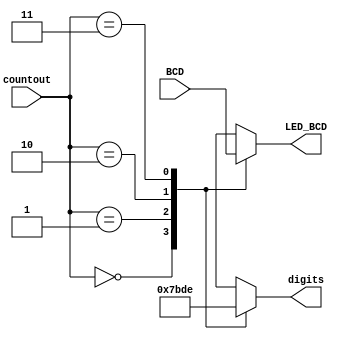
//Decoder
// Developed by: Jesus Adrian Guerra with help from Jeneane Amin and Rhyan Johnson
//Decoder to set the placement of the 7 segment display

module Decoder(
    input [1:0]countout,
    input [15:0]BCD,
    output reg [3:0]digits,
    output reg [3:0]LED_BCD
);

 always @(*)
 
     begin
          case(countout)
               2'b00: begin
                    digits = 4'b0111;
                    LED_BCD = BCD[15:12];
               end
               2'b01: begin
                    digits = 4'b1011;
                    LED_BCD = BCD[11:8];
               end
               2'b10: begin
                    digits = 4'b1101;                 
                    LED_BCD = BCD[7:4];
               end
               2'b11: begin
                    digits = 4'b1110;
                    LED_BCD = BCD[3:0];
               end
          endcase
     end
endmodule